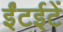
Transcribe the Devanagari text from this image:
ईंटईटें